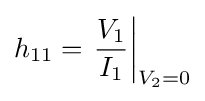
h_{11}=\left.{\frac {V_{1}}{I_{1}}}\right|_{V_{2}=0}